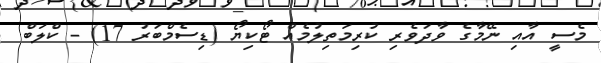
މެސީ އާއި ނޭމާގެ ވާދަވެރި ކުރިމަތިލުމެއް ޓޯކިޔޯ (ޑިސެމްބަރު 17) - ކްލަބް